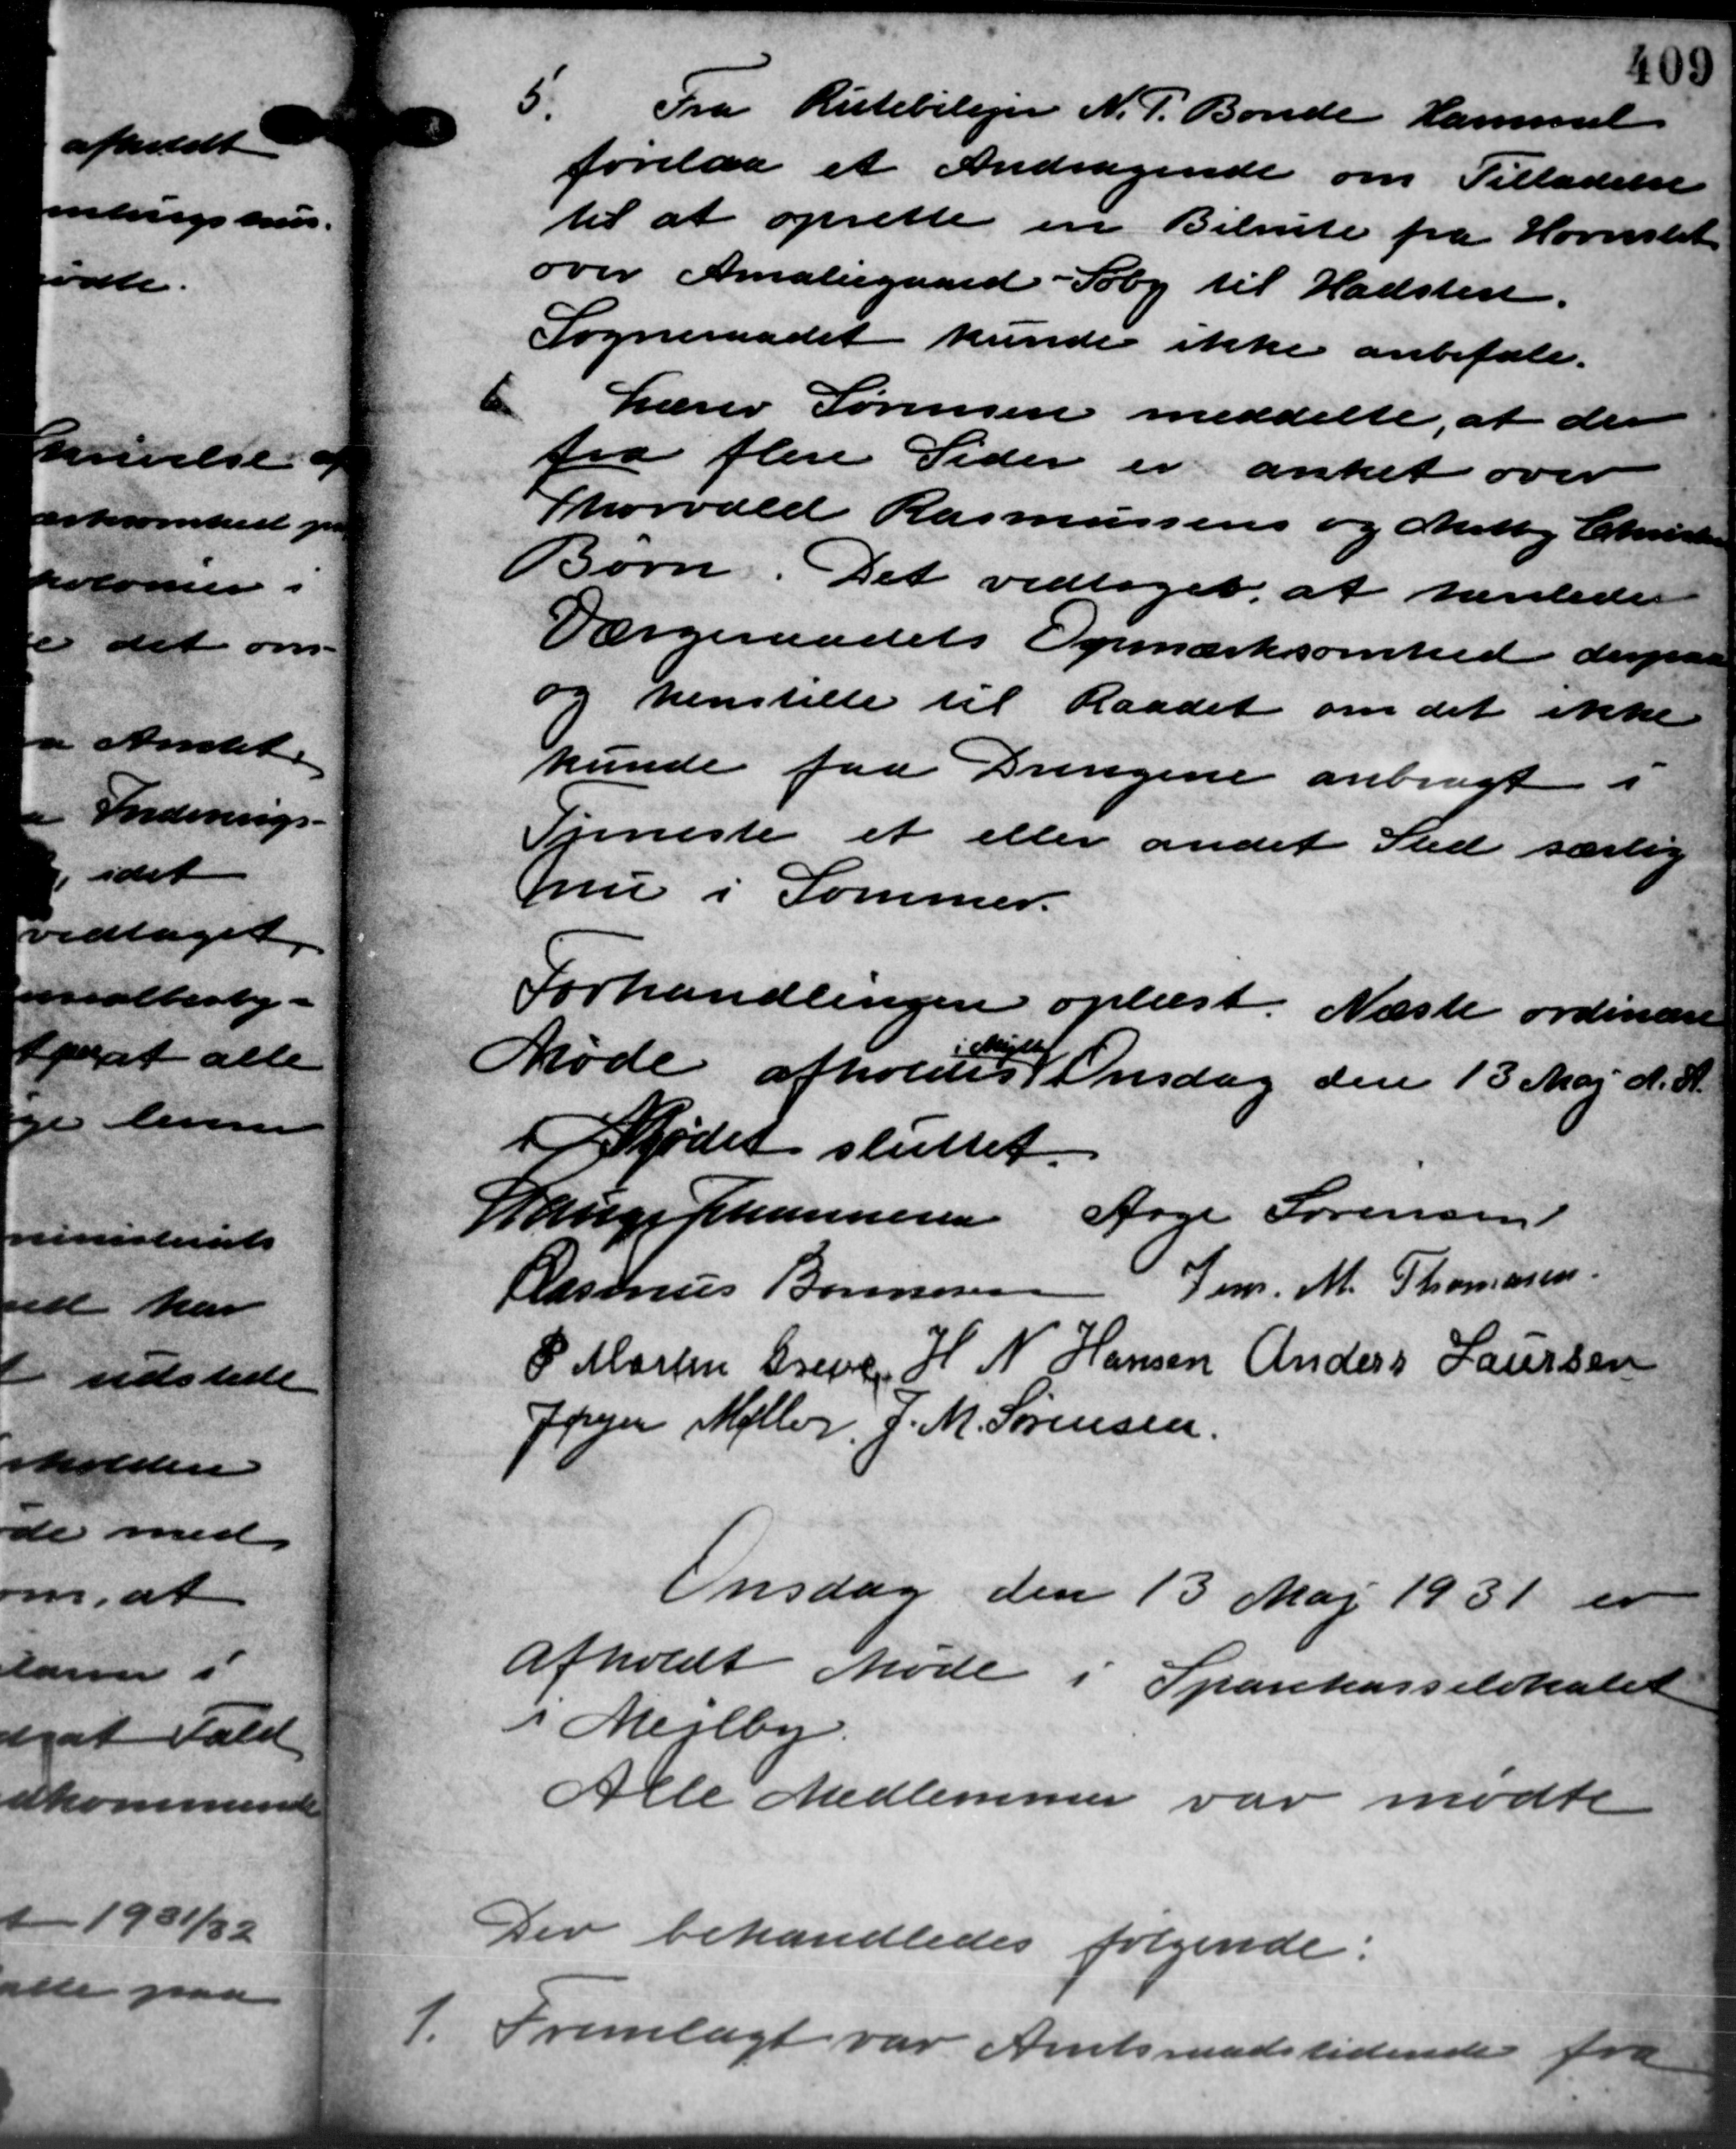
Transskription:
1.

6

5.
Fra Rutebilejer N. P. Bonde Hammel
forelaa et Andragende om Tilladelse
til at oprette en Bilrute fra Hornslet
over Amaliegaard - Søby til Hadsten.
Sogneraadet kunde ikke anbefale.
Lærer Sørensen meddelte, at der
fra flere Sider er anket over
Thorvald Rasmussens og Metty Christensen
Børn. Det vedtoges at henleder
Værgeraadets Opmærksomhed derpaa
og henstille til Raadet om det ikke
kunde faa Drengene anbragt i
Tjeneste et eller andet Sted særlig
u i Sommer.
Forhandlingen oplæst. Næste ordinære
Møde afholdes Onsdag den 13 Maj d. A.
Mødet sluttet.
Lauge Johannesen Aage Sørensen
- Jens M. Thomasen
Rasmus Bonnesen
P. Martin Greve H. N. Hansen Anders Laursen
Jpejer Møller J. M. Sørensen.
Onsdag den 13 Maj 1931 er
afholdt Møde i Sparekasselokalet
i Mejlby.
Alle Medlemmer var mødte
Der behandledes følgende.
Fremlagt var Amtsraadstidende fra

1